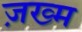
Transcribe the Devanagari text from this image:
ज़ख्‍म